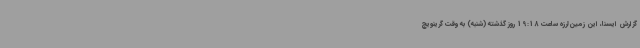
گزارش ایسنا، این زمین‌لرزه ساعت 19:18 روز گذشته (شنبه) به وقت گرینویچ